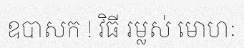
ឧបាសក ! វិធី រម្លស់ មោហៈ